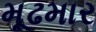
મૂઢમાર